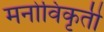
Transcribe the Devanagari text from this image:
मनोविकृती